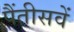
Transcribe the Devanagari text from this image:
पैंतीसवें